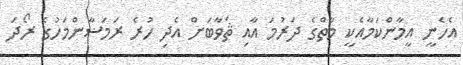
އެހެނީ އީމާންކަމާއެކީ މާތްގެ ދަރުމަ އާއި ޘަވާބަށް އެދި ހުރެ ރަމަޟާންމަހުގެ ރޯދަ